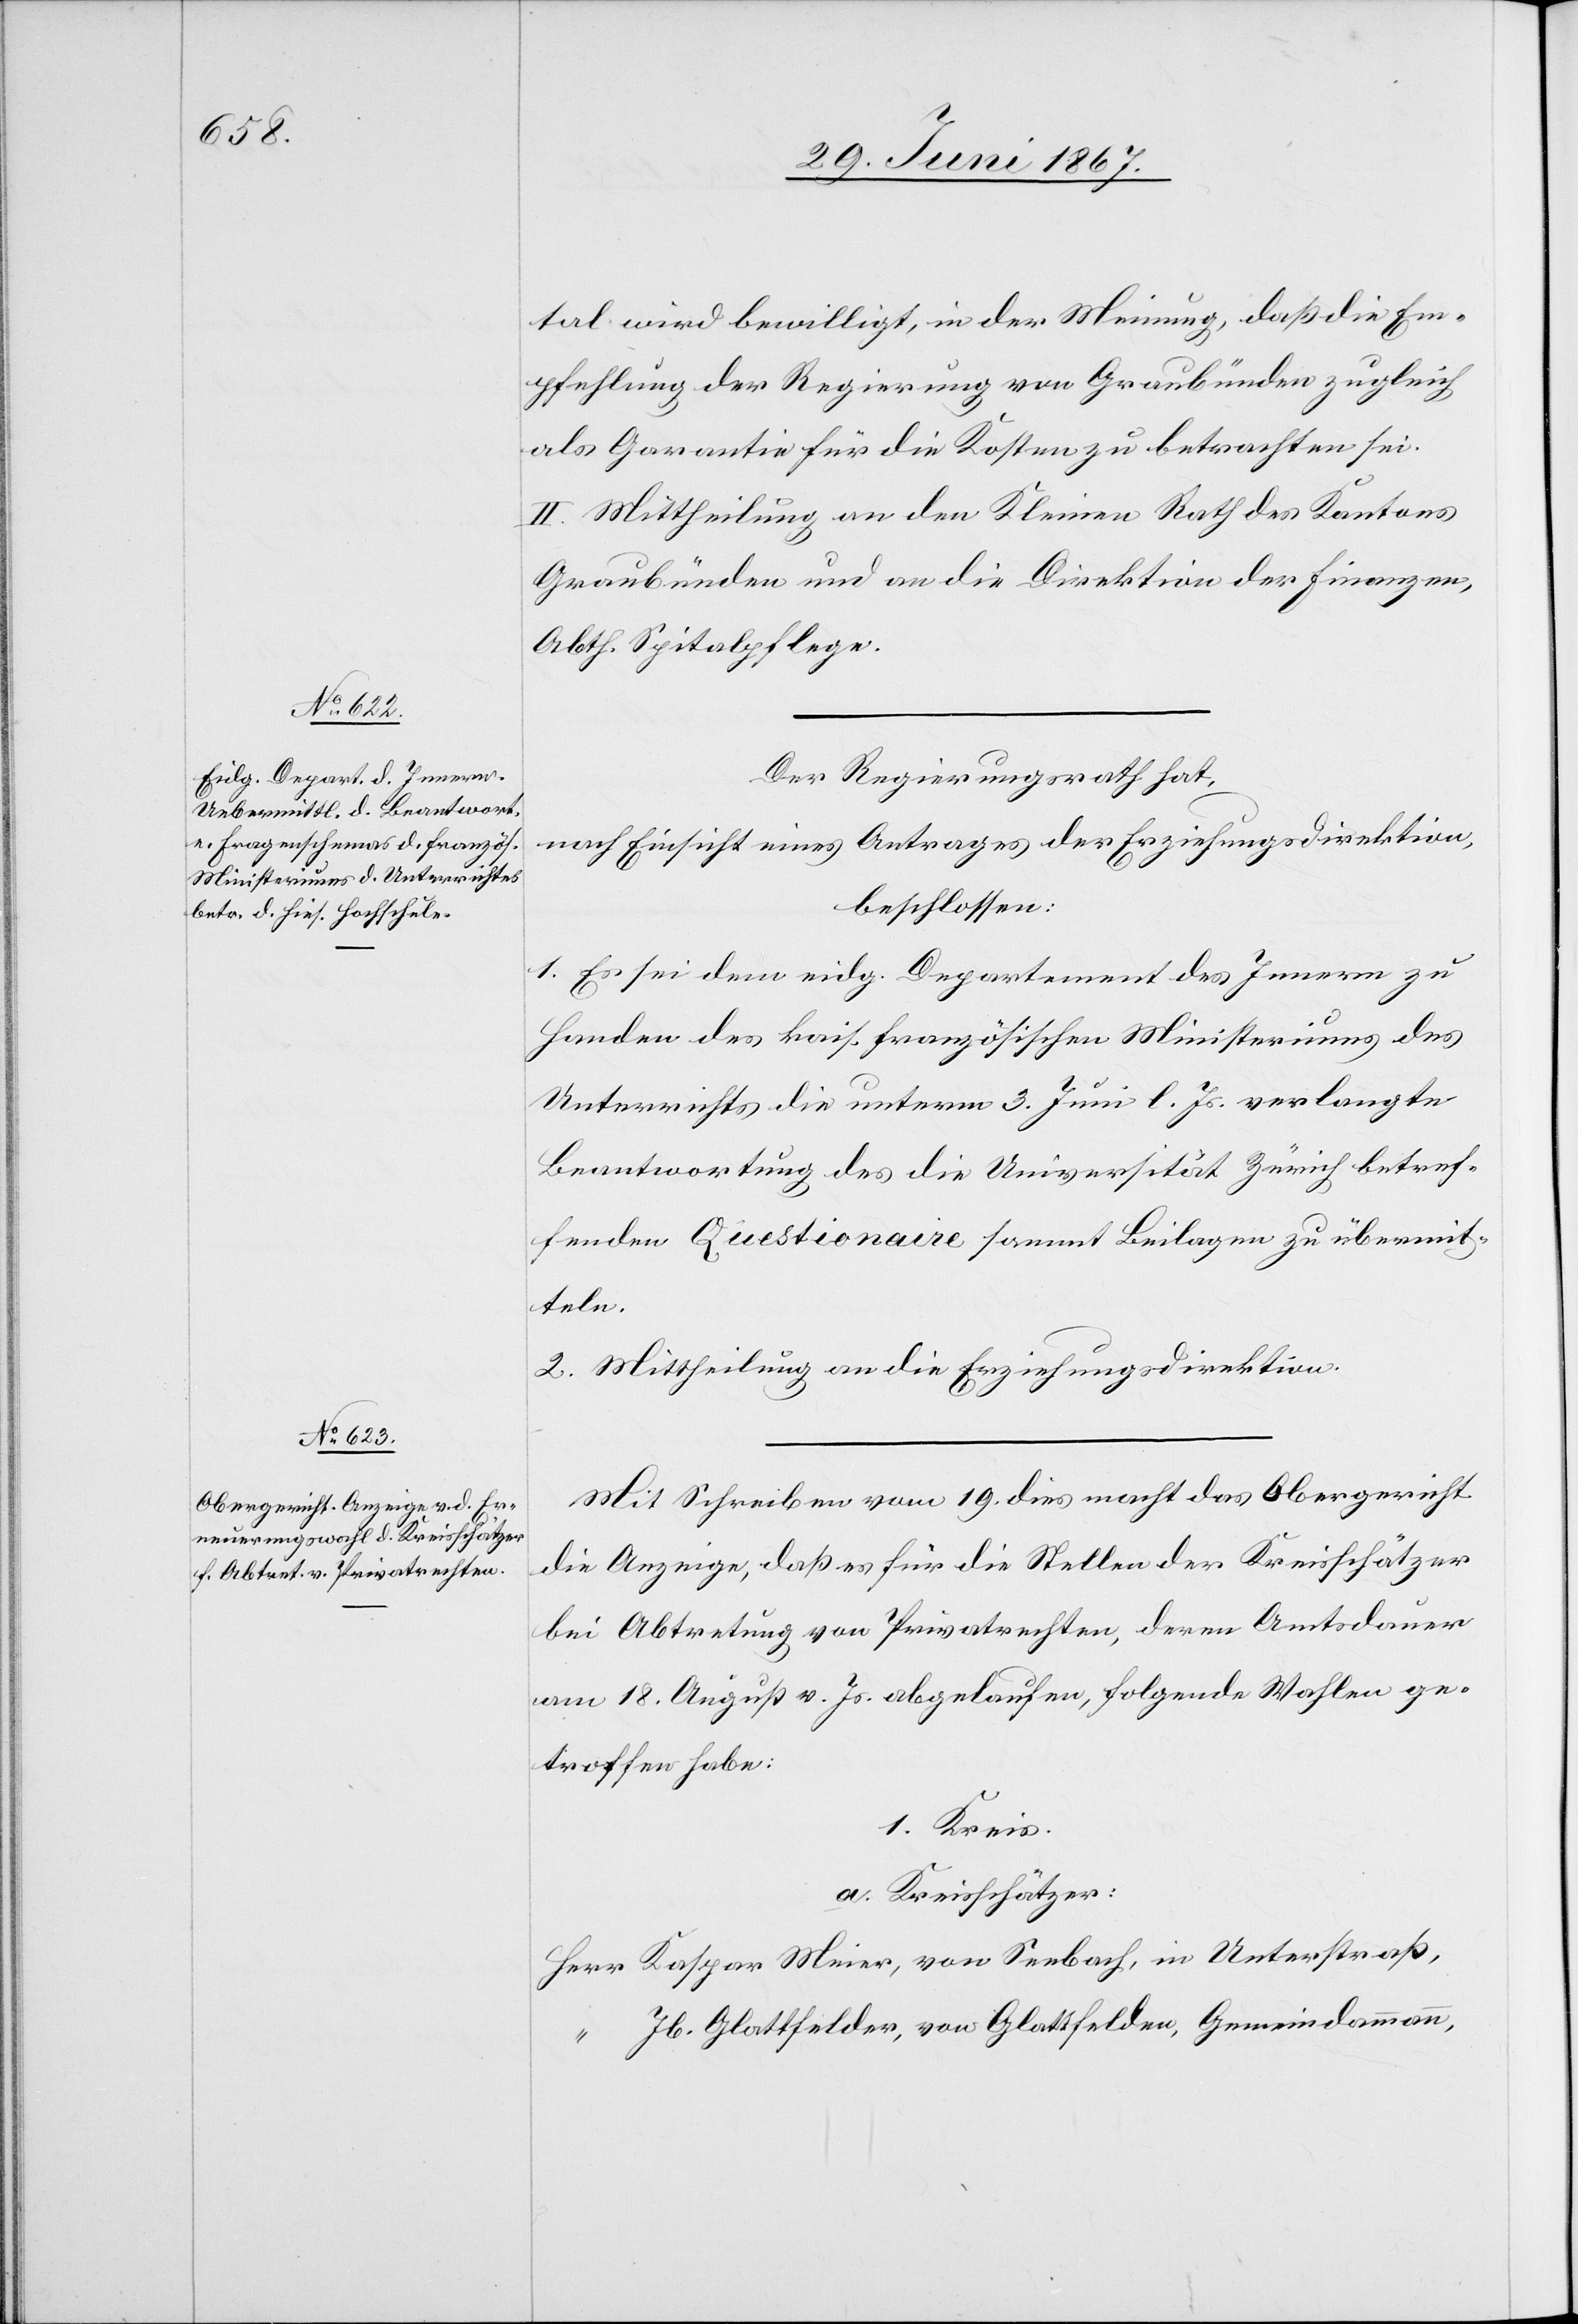
tal wird bewilligt, in der Meinung, daß die Em¬
pfehlung der Regierung von Graubünden zugleich
als Garantie für die Kosten zu betrachten sei.
Mittheilung an den Kleinen Rath des Kantons
Graubünden und an die Direktion der Finanzen,
Abth. Spitalpflege.
Der Regierungsrath hat,
nach Einsicht eines Antrages der Erziehungsdirektion,
beschlossen:
1. Es sei dem eidg. Departement des Innern zu
Handen des kais. französischen Ministeriums des
Unterrichts die unterm 3. Juni l. Js. verlangte
Beantwortung des die Universität Zürich betref¬
fenden Questionaire sammt Beilagen zu übermit¬
teln.
2. Mittheilung an die Erziehungsdirektion.
Mit Schreiben vom 19. dies macht das Obergericht
die Anzeige, daß es für die Stellen der Kreisschätzer
bei Abtretung von Privatrechten, deren Amtsdauer
am 18. August v. Js. abgelaufen, folgende Wahlen ge¬
troffen habe:
1. Kreis
a. Kreisschätzer:
Herr Kaspar Meier, von Seebach, in Unterstraß,
“ Jb. Glattfelder, von Glattfelden, Gemeindammann,